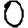
Digit: 0